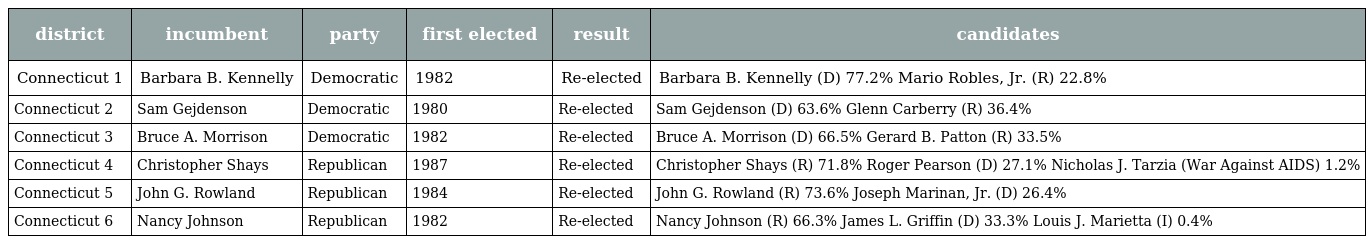
| district | incumbent | party | first elected | result | candidates |
 | --- | --- | --- | --- | --- | --- |
 | Connecticut 1 | Barbara B. Kennelly | Democratic | 1982 | Re-elected | Barbara B. Kennelly (D) 77.2% Mario Robles, Jr. (R) 22.8% |
 | Connecticut 2 | Sam Gejdenson | Democratic | 1980 | Re-elected | Sam Gejdenson (D) 63.6% Glenn Carberry (R) 36.4% |
 | Connecticut 3 | Bruce A. Morrison | Democratic | 1982 | Re-elected | Bruce A. Morrison (D) 66.5% Gerard B. Patton (R) 33.5% |
 | Connecticut 4 | Christopher Shays | Republican | 1987 | Re-elected | Christopher Shays (R) 71.8% Roger Pearson (D) 27.1% Nicholas J. Tarzia (War Against AIDS) 1.2% |
 | Connecticut 5 | John G. Rowland | Republican | 1984 | Re-elected | John G. Rowland (R) 73.6% Joseph Marinan, Jr. (D) 26.4% |
 | Connecticut 6 | Nancy Johnson | Republican | 1982 | Re-elected | Nancy Johnson (R) 66.3% James L. Griffin (D) 33.3% Louis J. Marietta (I) 0.4% |